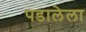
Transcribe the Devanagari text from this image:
पडालेला